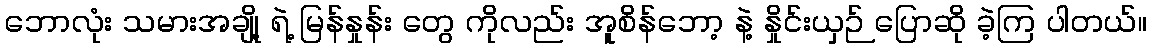
ဘောလုံး သမားအချို့ ရဲ့ မြန်နှုန်း တွေ ကိုလည်း အူစိန်ဘော့ နဲ့ နှိုင်းယှဉ် ပြောဆို ခဲ့ကြ ပါတယ်။